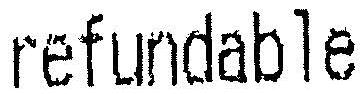
REFUNDABLE